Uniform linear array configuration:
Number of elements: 12
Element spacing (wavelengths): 0.25
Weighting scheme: hann
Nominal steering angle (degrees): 0
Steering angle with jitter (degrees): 1.909
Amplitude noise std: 0.05
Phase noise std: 0.05

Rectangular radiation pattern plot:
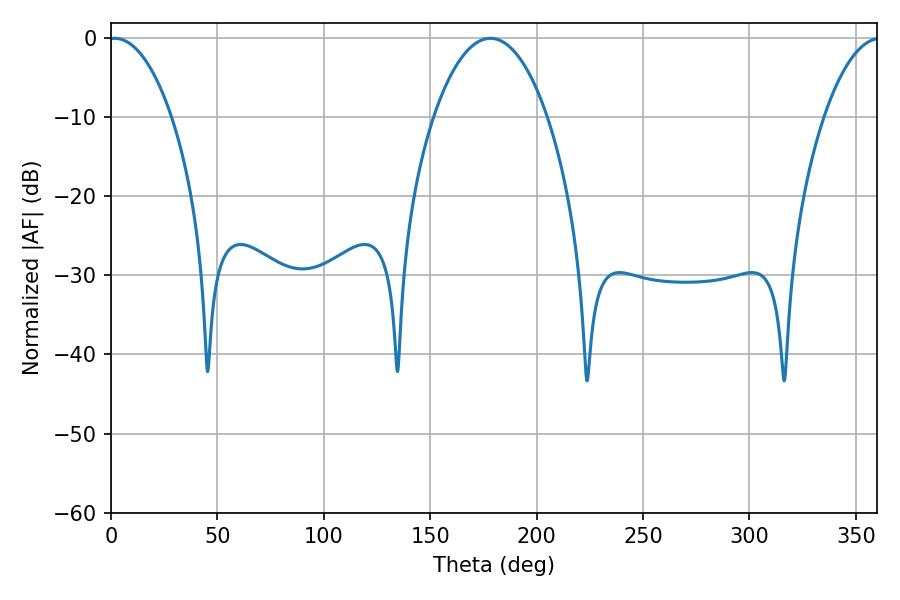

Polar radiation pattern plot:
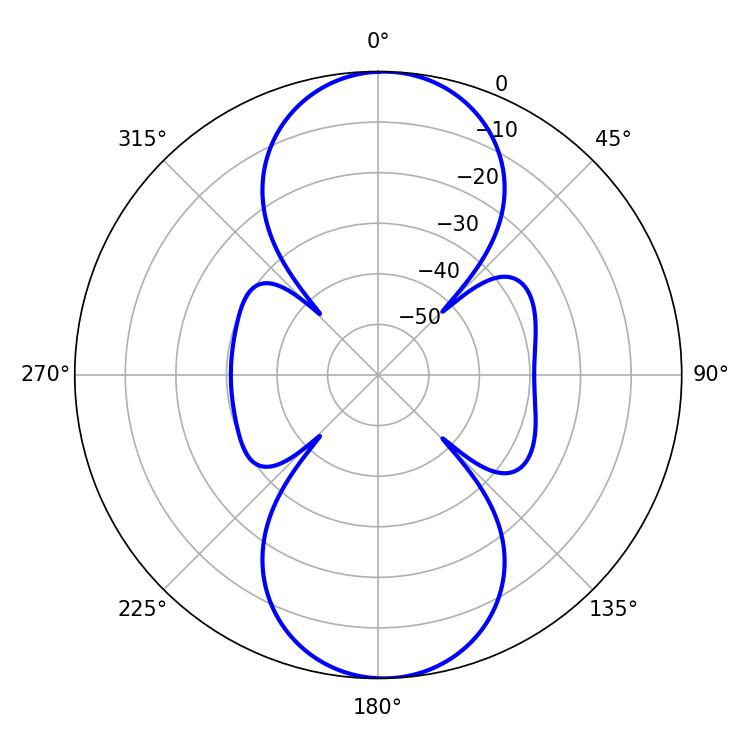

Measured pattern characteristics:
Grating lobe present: FALSE
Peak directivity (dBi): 17.79
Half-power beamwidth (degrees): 16.74
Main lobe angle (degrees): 1.8